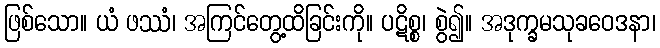
ဖြစ်သော။ ယံ ဖဿံ၊ အကြင်တွေ့ထိခြင်းကို။ ပဋိစ္စ၊ စွဲ၍။ အဒုက္ခမသုခဝေဒနာ၊